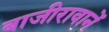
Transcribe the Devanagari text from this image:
बाजीरावानें